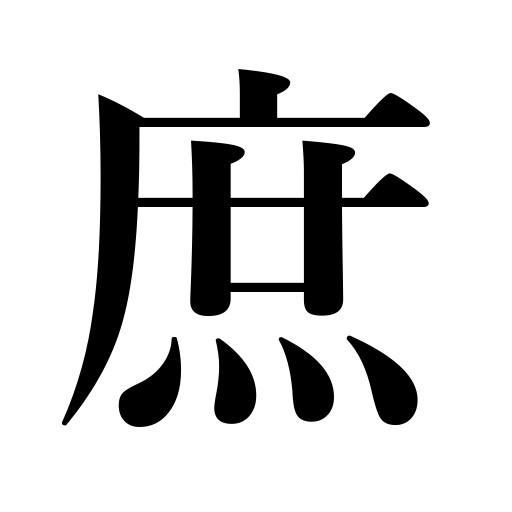
Meanings: all,illegitimate child